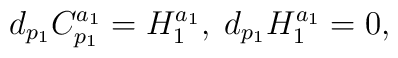
d_{p_1} C^{a_1}_{p_1} = H_1^{a_1}, \; d_{p_1}H_1^{a_1} = 0,